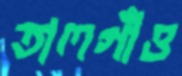
তালগাঁও